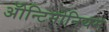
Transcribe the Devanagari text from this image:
ॲोन्टिमोनियम